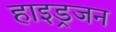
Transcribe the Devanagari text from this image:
हाइड्रजन